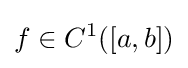
f\in C^{1}([a,b])